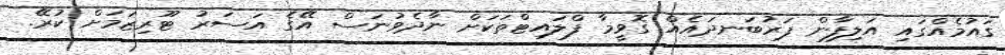
ގައުމެއްގައި އަލިފާން ފަރުބަނދައެއް ގޮވީމާ ފްލައިޓްތަކަށް ނާދެވުނަސް އޭގެ އަސަރު ޓޫރިޒަމަށް ކުރޭ.